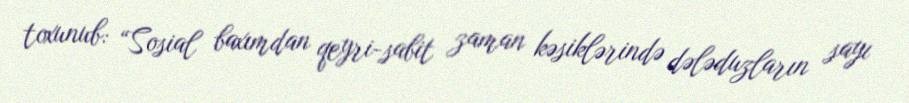
toxunub: “Sosial baxımdan qeyri-sabit zaman kəsiklərində dələduzların sayı